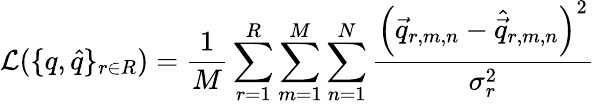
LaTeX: \mathcal{L}(\{ q,\hat{q}\} _{r\in R})=\frac{1}{M}\sum_{r=1}^{R}\sum_{m=1}^{M}\sum_{n=1}^{N}\frac{\left(\vec{q}_{r,m,n}-\hat{\vec{q}}_{r,m,n}\right)^{2}}{\sigma_{r}^{2}}